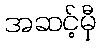
အဆင့်မှီ